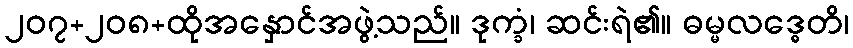
၂၀၇+၂၀၈+ထိုအနှောင်အဖွဲ့သည်။ ဒုက္ခံ၊ ဆင်းရဲ၏။ ဓမ္မလဒ္ဓေတိ၊